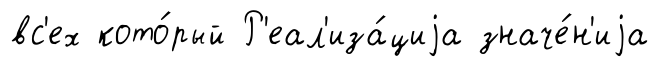
вс'ех кото́рый Р'еал'иза́циjа значе́н'иjа